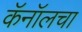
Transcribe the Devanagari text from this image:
कॅनॉलचा